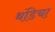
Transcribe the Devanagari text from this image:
थंडिचा